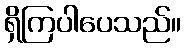
ရှိကြပါပေသည်။